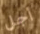
أجل